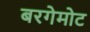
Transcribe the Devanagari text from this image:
बरगेमोट